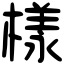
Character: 樣